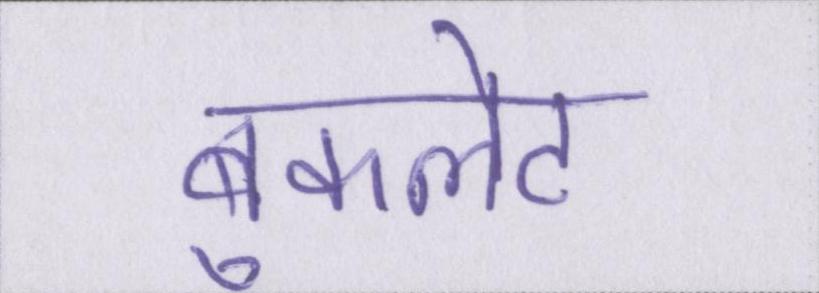
बुकलेट